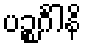
ပဉ္စင်္ဂါနိ